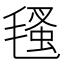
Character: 㲧